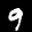
Label: 9